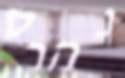
נהרס